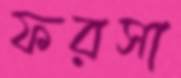
ফরসা